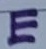
Text: E